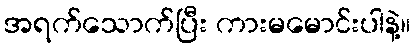
အရက်သောက်ပြီး ကားမမောင်းပါနဲ့။